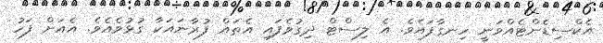
އެކްސިޑެންޓެއްވަނީ ހިނގާފައެވެ. އެ ލިސްޓް ދިގުވެފައި އެތައް ފުރާނައަކާ ގުޅުވެއެވެ. އެއަށް ފަހު